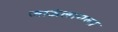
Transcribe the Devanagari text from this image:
जाऊंलागला